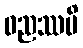
ဓညဿပိ